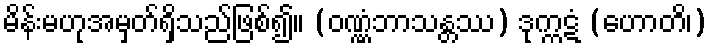
မိန်းမဟုအမှတ်ရှိသည်ဖြစ်၍။ (ဝဏ္ဏံဘာသန္တဿ) ဒုက္ကဋံ (ဟောတိ၊)